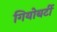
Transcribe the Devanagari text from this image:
गियोबर्टी